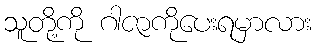
သူတို့ကို ဂါဇာကိုပေးရမှာလား